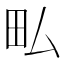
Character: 𤰜